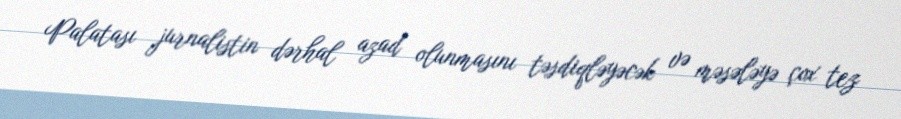
Palatası jurnalistin dərhal azad olunmasını təsdiqləyəcək və məsələyə çox tez